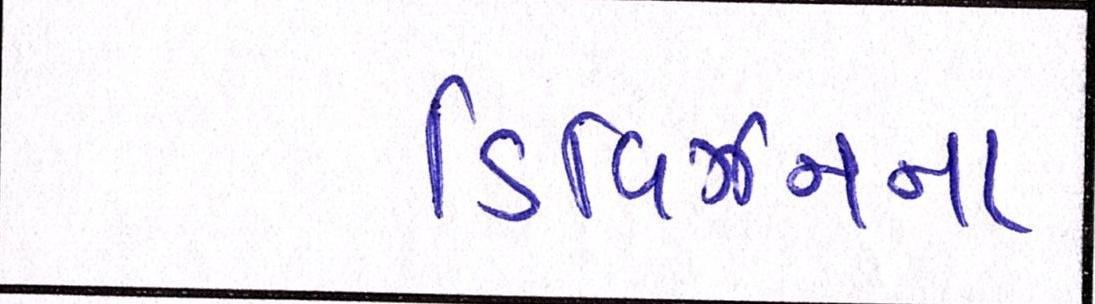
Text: ડિવિઝનના